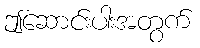
ဤဆောင်းပါးအတွက်